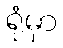
ရုံမှာ